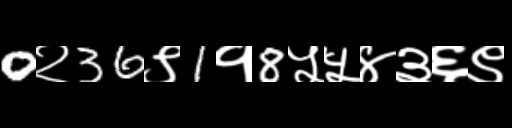
Text: 0२36९1१8५५४३६९